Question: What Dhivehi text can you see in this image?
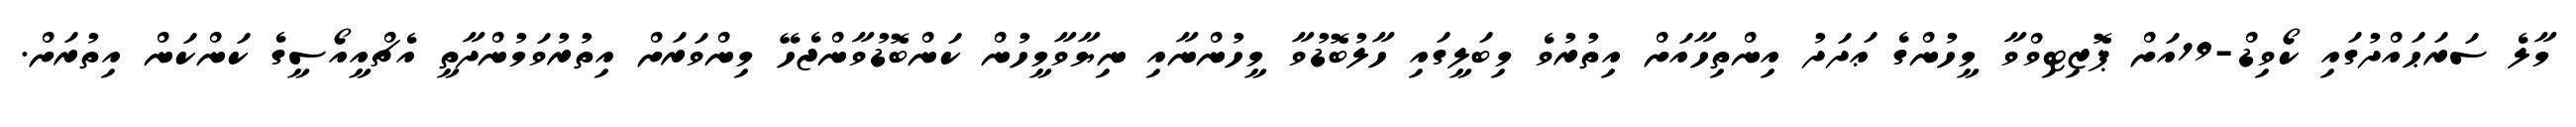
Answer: މާލެ ސަރަޙައްދުގައި ކޯވިޑް-19އަށް ޕޮޒިޓިވްވާ މީހުންގެ ޢަދަދު އިންތިހާއަށް އިތުރުވެ މިބަލީގައި ހާލުބޮޑުވާ މީހުންނާއި ނިޔާވާމީހުން ކަންބޮޑުވާންޖެހޭ މިންވަރަށް އިތުރުވަމުންދާތީ އެޗްއީއޯސީގެ ކަންކަން އިތުރަށް.